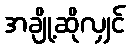
အချို့ဆိုလျှင်